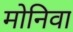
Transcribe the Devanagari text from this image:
मोनिवा